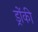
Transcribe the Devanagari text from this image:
ड्रोंकी